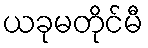
ယခုမတိုင်မီ